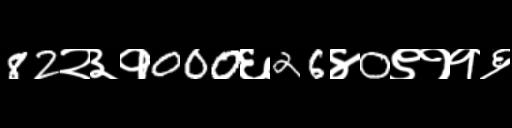
Text: 82२३१000६26४0९११६